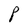
Character: P